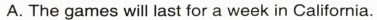
A. The games will last for a week in California.